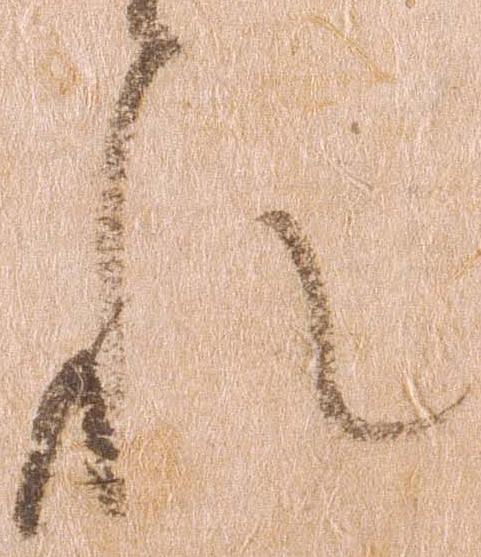
れ